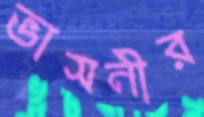
ভাসনীর